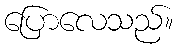
ပြောလေသည်။